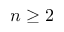
n \geq 2